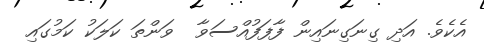
އެކެވެ. އަދި ގިނަގިނައިން ފާފަފުއްސަވާ  ވަންތަ ކަލަކު ކަމުގައި